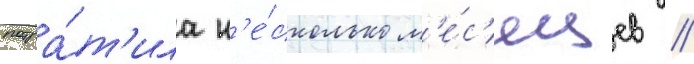
потра́т'ила н'е́сколько м'е́с'яцев //